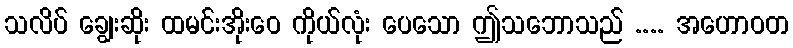
သလိပ် ချွေးဆိုး ထမင်းအိုးဝေ ကိုယ်လုံး ပေသော ဤသဘောသည် .... အဟောဝတ